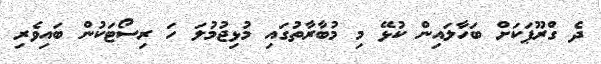
ދެ ގްރޫޕަކަށް ބަހާލައިން ކުޅޭ މި މުބާރާތުގައި މުޅިޖުމުލަ ހަ ރިސޯޓަކުން ބައިވެރި